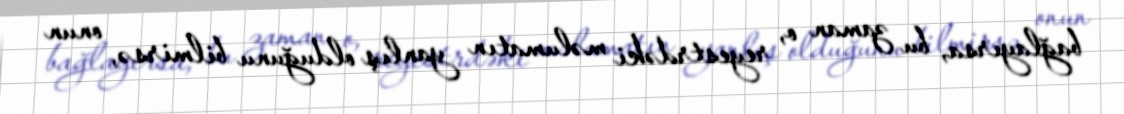
bağlayırsa, bu zaman o, reyestrdəki məlumatın yanlış olduğunu bilmirsə, onun